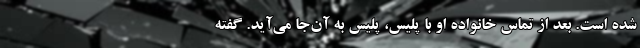
شده است. بعد از تماس خانواده او با پلیس، پلیس به آن‌جا می‌آید. گفته